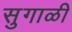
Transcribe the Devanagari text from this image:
सुगाळी